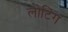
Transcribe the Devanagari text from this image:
लोटिंग